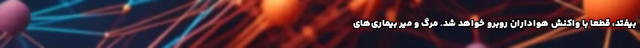
بیفتد، قطعا با واکنش هواداران روبرو خواهد شد. مرگ‌ و میر بیماری‌های